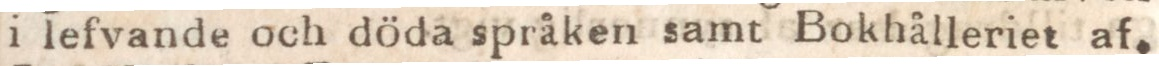
i lefvande och döda språken samt Bokhålleriet af.